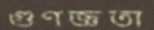
গুণজ্ঞতা